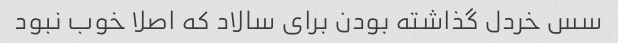
سس خردل گذاشته بودن براى سالاد که اصلا خوب نبود